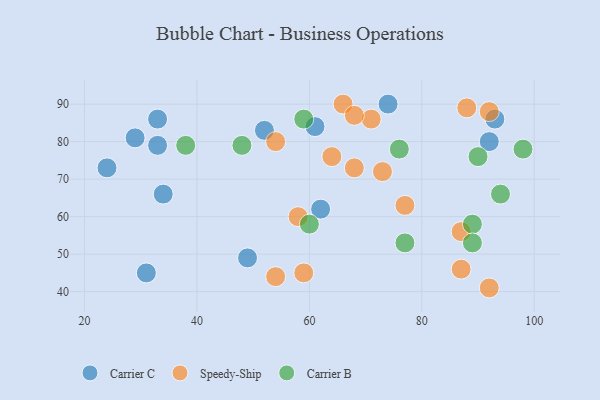
{"axis": {"x": "GDP", "y": "Life Expectancy"}, "legend": ["Carrier B", "Carrier C", "Speedy-Ship"], "data": [{"x": "33", "y": 86, "type": "Carrier C"}, {"x": "31", "y": 45, "type": "Carrier C"}, {"x": "93", "y": 86, "type": "Carrier C"}, {"x": "92", "y": 80, "type": "Carrier C"}, {"x": "49", "y": 49, "type": "Carrier C"}, {"x": "52", "y": 83, "type": "Carrier C"}, {"x": "29", "y": 81, "type": "Carrier C"}, {"x": "33", "y": 79, "type": "Carrier C"}, {"x": "61", "y": 84, "type": "Carrier C"}, {"x": "24", "y": 73, "type": "Carrier C"}, {"x": "74", "y": 90, "type": "Carrier C"}, {"x": "62", "y": 62, "type": "Carrier C"}, {"x": "34", "y": 66, "type": "Carrier C"}, {"x": "87", "y": 56, "type": "Speedy-Ship"}, {"x": "92", "y": 41, "type": "Speedy-Ship"}, {"x": "66", "y": 90, "type": "Speedy-Ship"}, {"x": "58", "y": 60, "type": "Speedy-Ship"}, {"x": "88", "y": 89, "type": "Speedy-Ship"}, {"x": "73", "y": 72, "type": "Speedy-Ship"}, {"x": "54", "y": 44, "type": "Speedy-Ship"}, {"x": "71", "y": 86, "type": "Speedy-Ship"}, {"x": "68", "y": 87, "type": "Speedy-Ship"}, {"x": "77", "y": 63, "type": "Speedy-Ship"}, {"x": "59", "y": 45, "type": "Speedy-Ship"}, {"x": "64", "y": 76, "type": "Speedy-Ship"}, {"x": "54", "y": 80, "type": "Speedy-Ship"}, {"x": "68", "y": 73, "type": "Speedy-Ship"}, {"x": "92", "y": 88, "type": "Speedy-Ship"}, {"x": "87", "y": 46, "type": "Speedy-Ship"}, {"x": "48", "y": 79, "type": "Carrier B"}, {"x": "89", "y": 58, "type": "Carrier B"}, {"x": "77", "y": 53, "type": "Carrier B"}, {"x": "76", "y": 78, "type": "Carrier B"}, {"x": "89", "y": 53, "type": "Carrier B"}, {"x": "59", "y": 86, "type": "Carrier B"}, {"x": "94", "y": 66, "type": "Carrier B"}, {"x": "60", "y": 58, "type": "Carrier B"}, {"x": "90", "y": 76, "type": "Carrier B"}, {"x": "38", "y": 79, "type": "Carrier B"}, {"x": "98", "y": 78, "type": "Carrier B"}]}